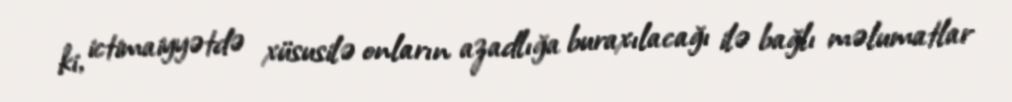
ki, ictimaiyyətdə xüsusilə onların azadlığa buraxılacağı ilə bağlı məlumatlar